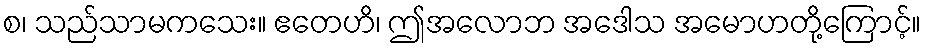
စ၊ သည်သာမကသေး။ ဧတေဟိ၊ ဤအလောဘ အဒေါသ အမောဟတို့ကြောင့်။